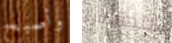
وأصبح بالتجسس